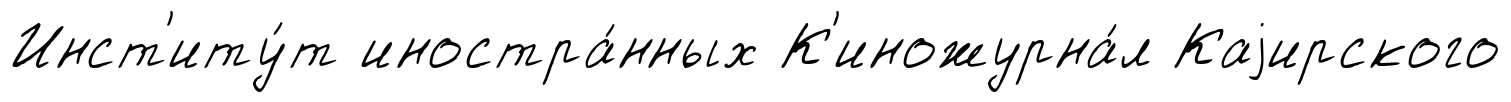
Инст'иту́т иностра́нных К'иножурна́л Каjирского